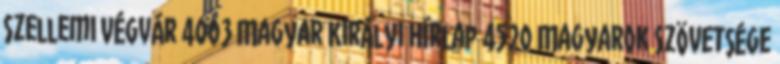
Szellemi Végvár 4003 Magyar Királyi Hírlap 4520 Magyarok Szövetsége